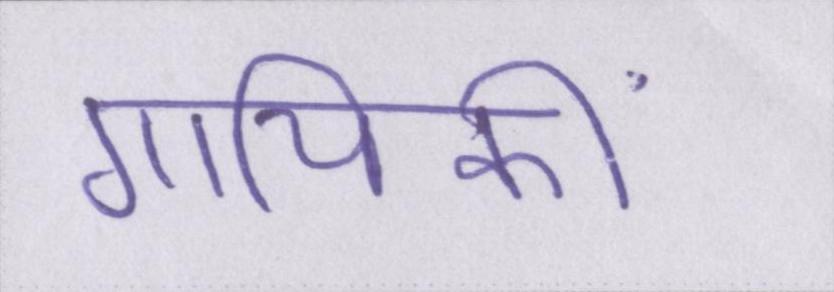
गायिकी